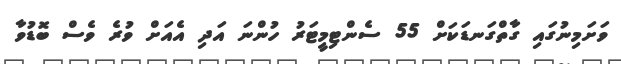
ވަށަމިނުގައި ގާތްގަނޑަކަށް 55 ސެންޓިމީޓަރު ހުންނަ އަދި އެއަށް ވުރެ ވެސް ބޮޑުވާ